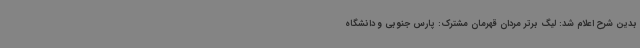
بدین شرح اعلام شد: لیگ برتر مردان قهرمان مشترک: پارس جنوبی و دانشگاه